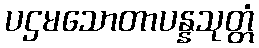
ပဌမသောတာပန္နသုတ္တံ